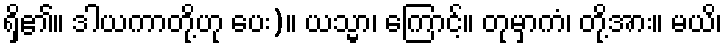
ရှိ၏။ ဒါယကာတို့ဟု ပေး)။ ယသ္မာ၊ ကြောင့်။ တုမှာကံ၊ တို့အား။ မယိ၊